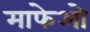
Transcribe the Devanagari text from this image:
माफेओ